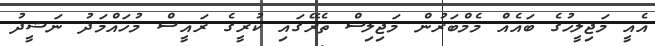
އެއީ މަޖިލީހުގެ ބައެއް މެމްބަރުން މަޖިލިސް ތެރޭގައި ކުރީގެ ރައީސް މުހައްމަދު ނަޝީދު